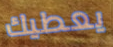
يعطيك